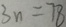
3 n = 7 8